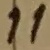
Text: 11